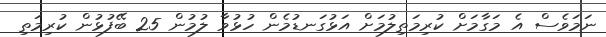
ނަމަވެސް އެ މަގާމަށް ކުރިމަތިލުމަށް އަޅުގަނޑުމެން ހުޅުވާ ލުމުން 25 ބޭފުޅުން ކުރިމަތި